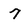
Character: 7